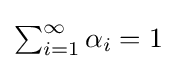
{\textstyle \sum _{i=1}^{\infty }{\alpha _{i}}=1}